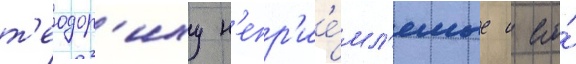
т'еодор'иху н'епр'ие́мл'емые с его́